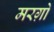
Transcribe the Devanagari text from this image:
मरग़ो